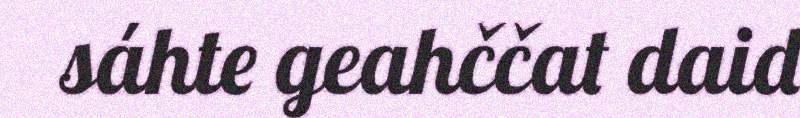
sáhte geahččat daid